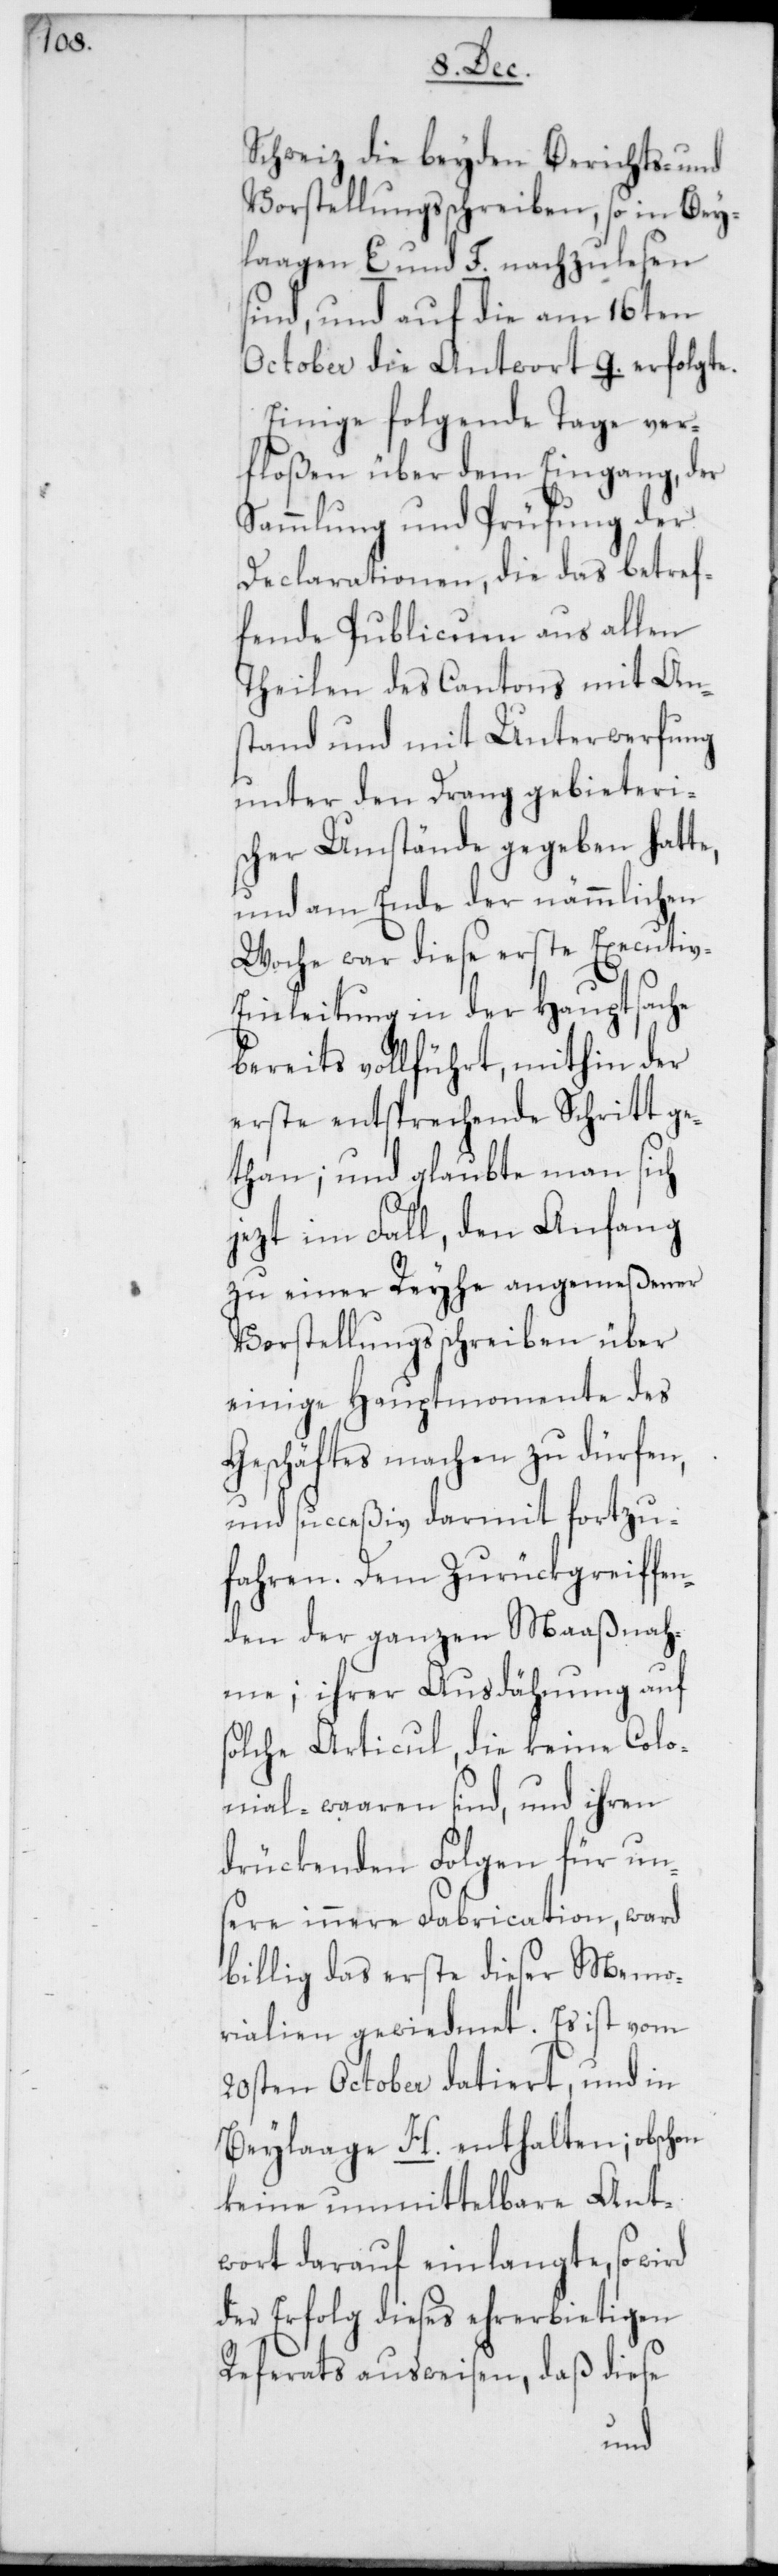
Schweiz die beyden Berichts- und
Vorstellungsschreiben, so in Bey¬
lagen E und F. nachzulesen
sind, und auf die am 16ten
October die Antwort G. erfolgte.
Einige folgende Tage ver¬
floßen über dem Eingang, der
Sammlung und Prüfung der
Declarationen, die das betref¬
fende Publicum aus allen
Theilen des Cantons mit An¬
stand und mit Unterwerfung
unter den Drang gebieteri¬
scher Umstände gegeben hatte,
und am Ende der nämmlichen
Woche war diese erste Executiv-E¬
inleitung in der Hauptsache
bereits vollführt, mithin der
erste entsprechende Schritt ge¬
than; und glaubte man sich
jezt im Fall, den Anfang
zu einer Reyhe angemeßener
Vorstellungsschreiben über
einige Hauptmomente des
Geschäftes machen zu dürfen,
und succeßiv darmit fortzu¬
fahren. Dem Zurükgreiffen¬
den der ganzen Maaßnah¬
me; ihrer Ausdähnung auf
solche Articul, die keine Colo¬
nial-waaren sind, und ihren
drückenden Folgen für un¬
sere innere Fabrication, ward
billig das erste dieser Memo¬
rialien gewiedmet. Es ist vom
20sten October datiert, und in
Beylage H. enthalten; obschon
keine unmittelbare Ant¬
wort darauf einlangte, so wird
der Erfolg dieses ehrerbietigen
Referats ausweisen, daß diese